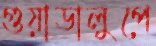
গুয়াডালুপে